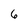
Character: 6